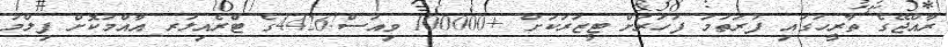
ރާއްޖޭގެ ތާރީހުގައި ފުރަތަމަ ފަހަރަށް ޓީޒަރަކަށް +100000 ވިއުސް!4426ގެ ޓްރެއިލަރ އާއްމުކޮށް ފިލްމު